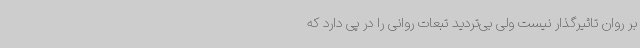
بر روان تاثیرگذار نیست ولی بی‌تردید تبعات روانی را در پی دارد که